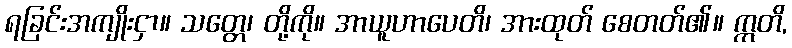
ရခြင်းအကျိုးငှာ။ သတ္တေ၊ တို့ကို။ အာယူဟာပေတိ၊ အားထုတ် စေတတ်၏။ ဣတိ,